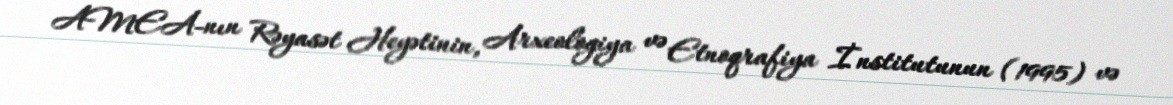
AMEA-nın Rəyasət Heyətinin, Arxeologiya və Etnoqrafiya İnstitutunun (1995) və